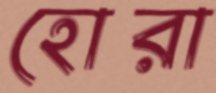
হোরা